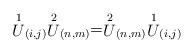
LaTeX: \begin{align*}\stackrel{1}{U}_{(i,j)}\stackrel{2}{U}_{(n,m)}=\stackrel{2}{U}_{(n,m)}\stackrel{1}{U}_{(i,j)}\end{align*}